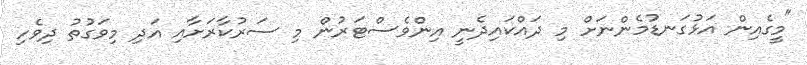
"މީގެއިން އަޅުގަނޑުމެންނަށް މި ދައްކައިދެނީ އިންވެސްޓަރުން މި ސަރުކާރަށާއި އަދި މިވަގުތު ދިވެހި